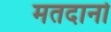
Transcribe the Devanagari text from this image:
मतदानो